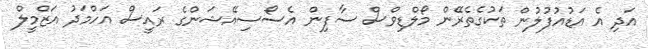
އަދި އެ އަޑުއުފުލުން ތަކުގެތެރޭން މޯލްޑިވްސް ސާފިން އެސޯސިއޭޝަންގެ ރައީސް އަހްމަދު އަޒްމީލް